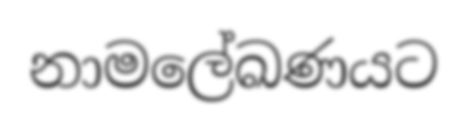
නාමලේඛණයට